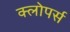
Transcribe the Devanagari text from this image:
क्लोपर्स